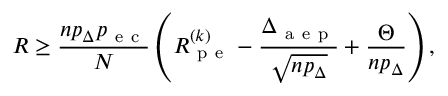
R \geq \frac { n p _ { \Delta } p _ { \mathrm { ~ e ~ c ~ } } } { N } \left( R _ { \mathrm { ~ p ~ e ~ } } ^ { ( k ) } - \frac { \Delta _ { \mathrm { ~ a ~ e ~ p ~ } } } { \sqrt { n p _ { \Delta } } } + \frac { \Theta } { n p _ { \Delta } } \right) ,